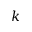
k